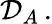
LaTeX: \mathcal{D}_{A}\, .